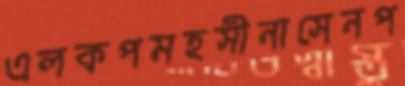
এলকপমহসীনাসেনপ